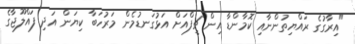
"އިރާގުގެ ރައްޔިތުންނާއި ކޮމާންޑާ އިން ޗީފްއަށް އަޅުގަނޑުމެން މަރުހަބާ ކިޔަން އަދި ފައްލޫޖާގެ